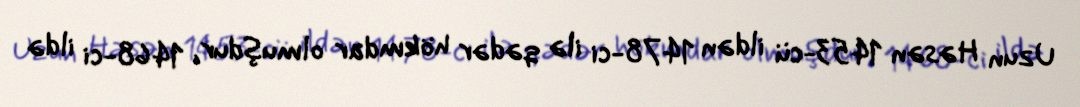
Uzun Həsən 1453-cü ildən 1478-ci ilə qədər hökmdar olmuşdur, 1468-ci ildə